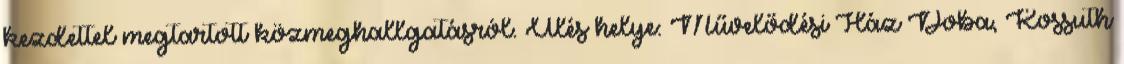
kezdettel megtartott közmeghallgatásról. Ülés helye: Művelődési Ház Doba, Kossuth